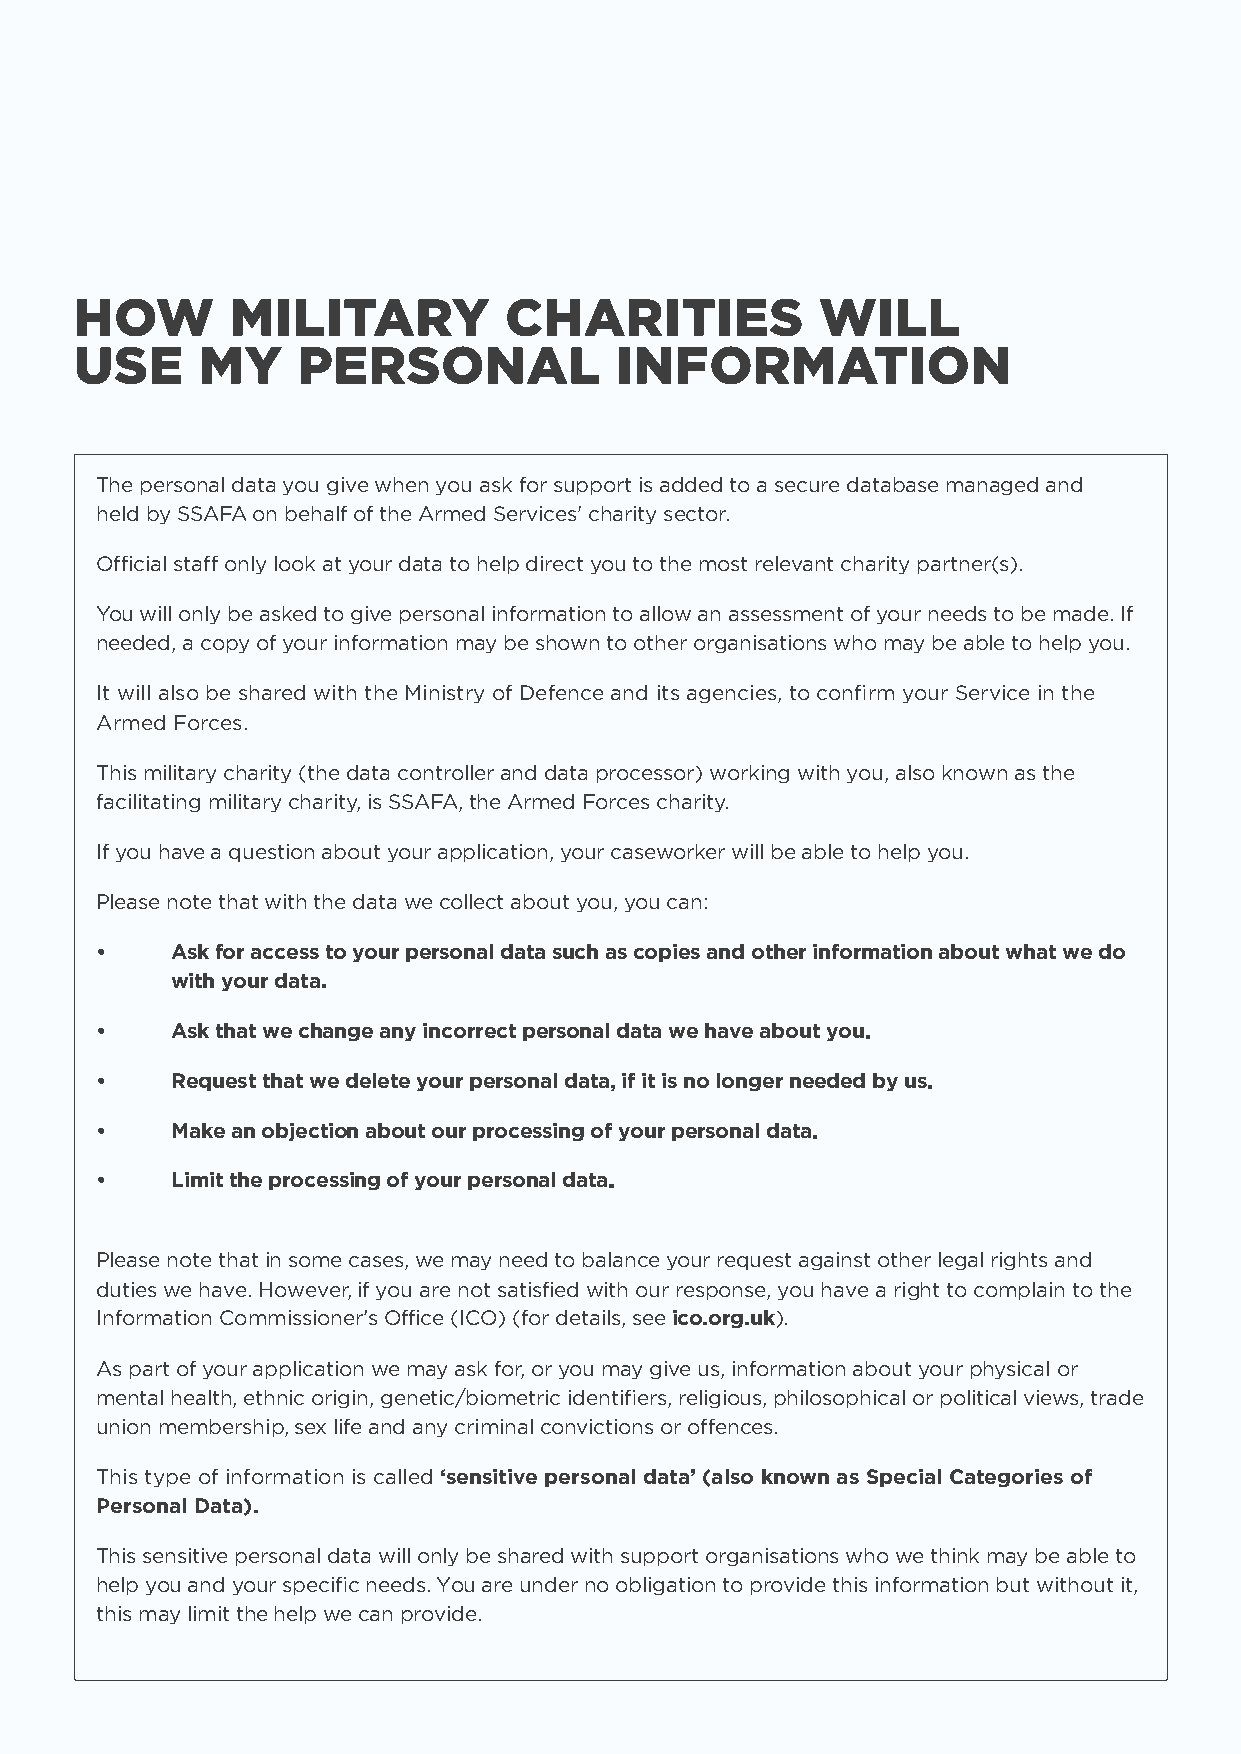
HOW       MILITARY          CHARITIES            WILL
 USE     MY     PERSONAL             INFORMATION
 The personal data you give when you ask for support is added to a secure database managed and
 held by SSAFA on behalf of the Armed Services' charity sector.
 Official staff only look at your data to help direct you to the most relevant charity partner(s).
 You will only be asked to give personal information to allow an assessment of your needs to be made. If
 needed, a copy of your information may be shown to other organisations who may be able to help you.
 It will also be shared with the Ministry of Defence and its agencies, to confirm your Service in the
 Armed Forces.
 This military charity (the data controller and data processor) working with you, also known as the
 facilitating military charity, is SSAFA, the Armed Forces charity.
 If you have a question about your application, your caseworker will be able to help you.
 Please note that with the data we collect about you, you can:
 •     Ask for access to your personal data such as copies and other information about what we do
 with your data.
 •    Ask that we change any incorrect personal data we have about you.
 •    Request that we delete your personal data, if it is no longer needed by us.
 •    Make an objection about our processing of your personal data.
 •    Limit the processing of your personal data.
 Please note that in some cases, we may need to balance your request against other legal rights and
 duties we have. However, if you are not satisfied with our response, you have a right to complain to the
 Information Commissioner’s Office (ICO) (for details, see ico.org.uk).
 As part of your application we may ask for, or you may give us, information about your physical or
 mental health, ethnic origin, genetic/biometric identifiers, religious, philosophical or political views, trade
 union membership, sex life and any criminal convictions or offences.
 This type of information is called ‘sensitive personal data’ (also known as Special Categories of
 Personal Data).
 This sensitive personal data will only be shared with support organisations who we think may be able to
 help you and your specific needs. You are under no obligation to provide this information but without it,
 this may limit the help we can provide.